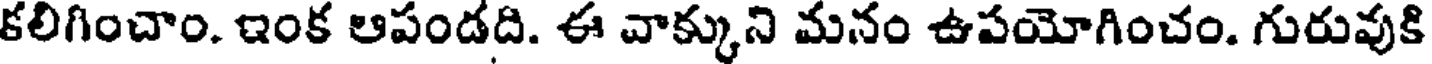
కలిగించాం. ఇంక ఆపండది. ఈ వాక్కుని మనం ఉపయోగించం. గురువుకి